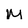
Character: M